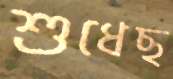
শুধেছ